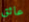
عائق